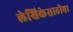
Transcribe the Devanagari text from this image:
लेखिकेसाठीचा